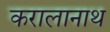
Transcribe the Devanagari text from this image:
करालानाथ